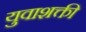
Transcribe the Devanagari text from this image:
युवाशक्ती